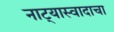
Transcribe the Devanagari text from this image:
नाट्यास्वादाचा